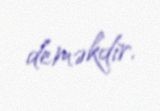
deməkdir.